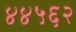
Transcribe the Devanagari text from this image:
४४५६२